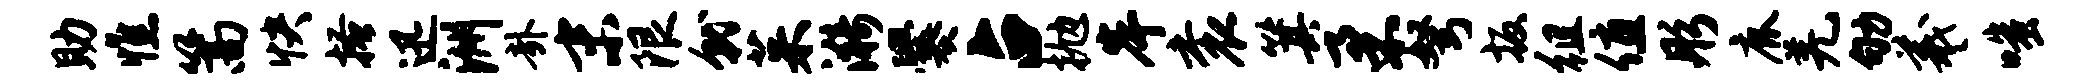
助憔篙快搔迅洲卦末限就茱漪爨占抛岸衮箕柔弩扳徂值彤鹿羌劬羲嗤